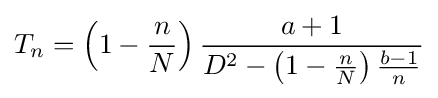
T_{n}=\left(1-{\frac {n}{N}}\right){\frac {a+1}{D^{2}-\left(1-{\frac {n}{N}}\right){\frac {b-1}{n}}}}